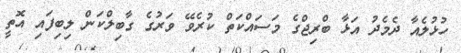
ހުޅުލެއާ ދެމެދު އަޅާ ބްރިޖްގެ މަސައްކަތް ކުރެވޭ ވަރުގެ ގާބިލްކަން ލިބިފައި އޮތީ